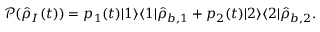
{ \mathcal P } ( \hat { \rho } _ { I } ( t ) ) = p _ { 1 } ( t ) | 1 \rangle \langle 1 | \hat { \rho } _ { b , 1 } + p _ { 2 } ( t ) | 2 \rangle \langle 2 | \hat { \rho } _ { b , 2 } .